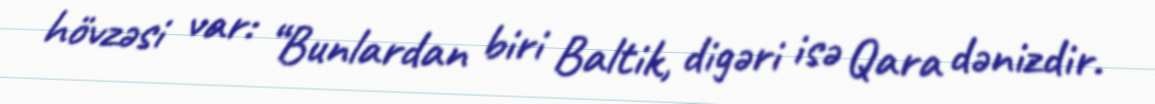
hövzəsi var: “Bunlardan biri Baltik, digəri isə Qara dənizdir.